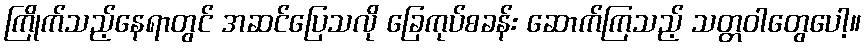
ကြိုက်သည့်နေရာတွင် အဆင်ပြေသလို ခြေကုပ်စခန်း ဆောက်ကြသည့် သတ္တဝါတွေပေါ့။